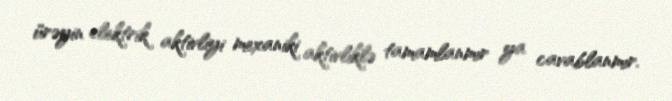
ürəyin elektrik aktivliyi mexaniki aktivliklə tamamlanmır ya cavablanmır.